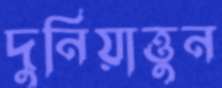
দুনিয়াত্তুন